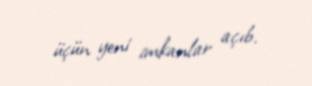
üçün yeni imkanlar açıb.